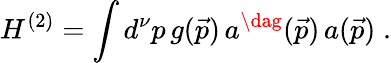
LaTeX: H^{(2)}=\int d^{\nu}p\, g(\vec{p})\, a^{\dag}(\vec{p})\, a(\vec{p})\; .